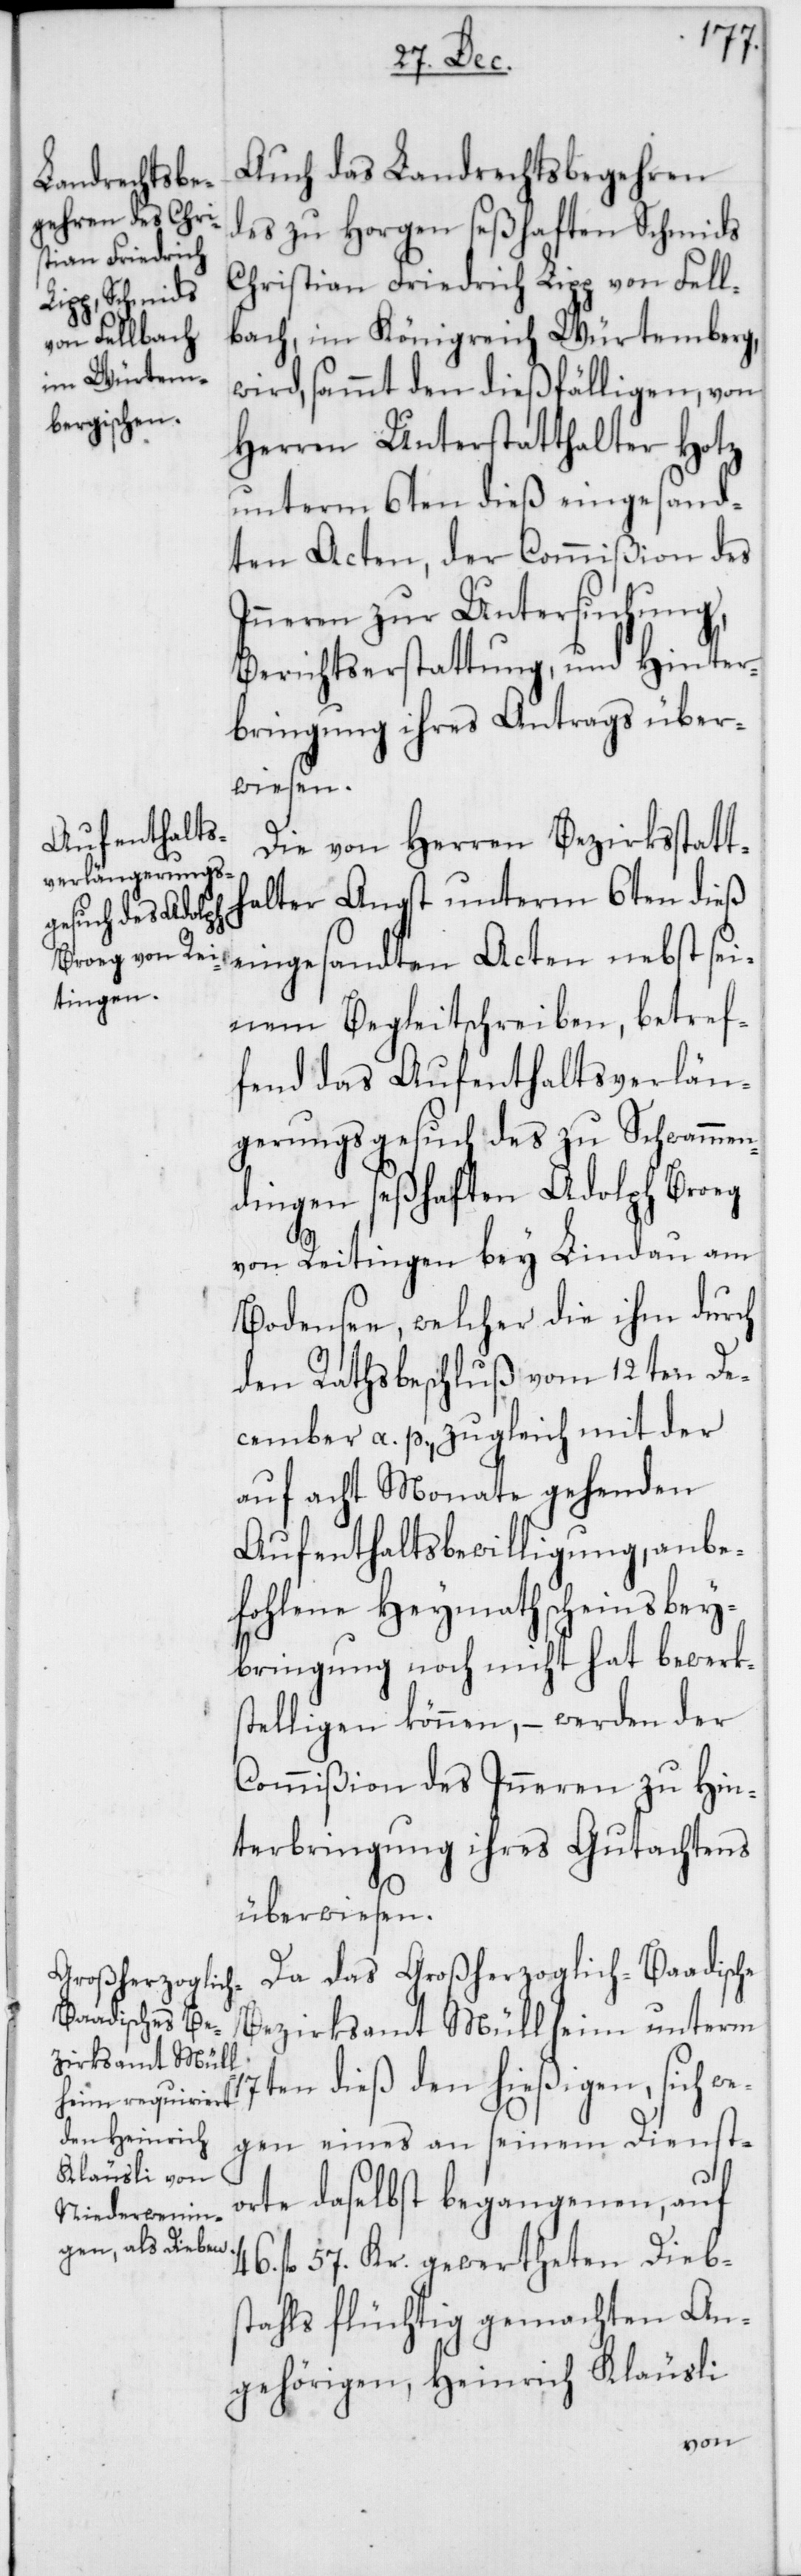
17t¬
Auch das Landrechtsbegehren
des zu Horgen seßhaften Schmids
Christian Friedrich Lipp von Fell¬
bach, im Königreich Würtemberg,
wird sammt den dießfälligen, von
Herren Unterstatthalter Hotz
unterm 6ten dieß eingesand¬
ten Acten, der Commißion des
Inneren zur Untersuchung,
Berichtserstattung, und Hinter¬
bringung ihres Antrags über¬
wiesen.
Die von Herren Bezirksstatth¬
alter Angst unterm 6ten dieß
seinem Begleitschreiben, betref¬
fend das Aufenthaltsverlän¬
gerungsgesuch des zu Schwamen¬
dingen seßhaften Adolph Broeg
von Reitingen bey Lindau am
Bodensee, welcher die ihm durch
den Rathsbeschluß vom 12ten De¬
cember a. p., zugleich mit der
auf acht Monate gehenden
Aufenthaltsbewilligung, anbe¬
fohlene Heymathscheinsbey¬
bringung noch nicht hat bewerks¬
telligen können, – werden der
Commißion des Inneren zu Hin¬
terbringung ihres Gutachtens
überwiesen.
Da das Großerherzoglich-Baadische
Bezirksamt Müllheim unterm
en dieß den hießigen, sich we¬
gen eines an seinem Dienst¬
orte daselbst begangenen, auf
4. fl 57. Kr. gewertheten Diebs¬
tahls flüchtig gemachten An¬
gehörigen, Heinrich Kläusli